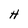
Character: H